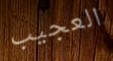
العجيب